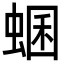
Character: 蜠